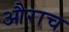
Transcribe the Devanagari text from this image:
औराच